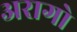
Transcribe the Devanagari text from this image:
अरागो